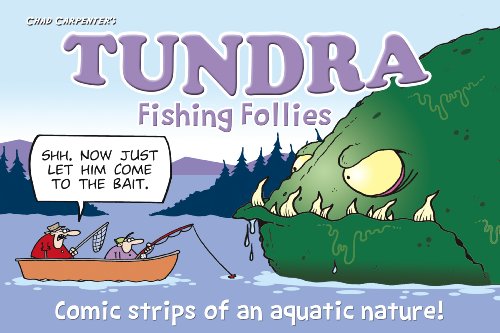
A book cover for Tundra: Fishing Follies: Fishing Cartoons from Nature's Favorite Newspaper Comic Strip; Chad Carpenter; Humor & Entertainment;